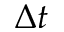
\Delta t